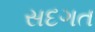
સદગત